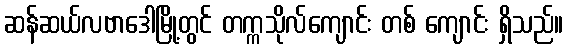
ဆန်ဆယ်လဗာဒေါမြို့တွင် တက္ကသိုလ်ကျောင်း တစ် ကျောင်း ရှိသည်။